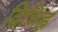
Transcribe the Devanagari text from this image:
द्विचिह्न